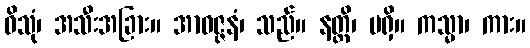
ဝိသုံ၊ အသီးအခြား။ အာဝဇ္ဇနံ၊ သည်။ နတ္ထိ၊ မရှိ။ ကသ္မာ၊ ကား။